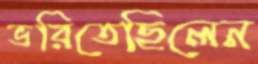
ভরিতেছিলেন